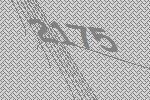
2175